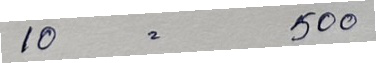
10 =500